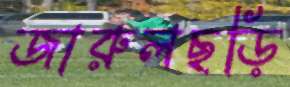
জারুলছড়ি